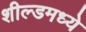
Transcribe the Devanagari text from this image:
शील्डमध्ये